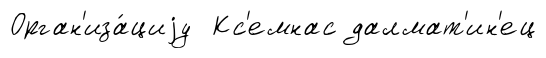
Орган'иза́циjу Кс'емнас далмат'ин'ец